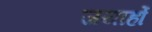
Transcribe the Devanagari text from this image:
जयार्हो